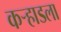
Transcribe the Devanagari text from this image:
कर्‍हाडला